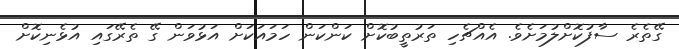
ގޭތެރެ ސާފުކޮށްލުމަށެވެ. އެއްޗެހި ތަރުތީބުކޮށް ކަންކަން ހަމައަކަށް އަޅުވަން ގޭ ތެރޭގައި އުޅެނިކޮށް